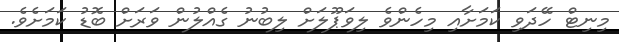
މިނިޓް ހޭދަވި ކަމަށާއި މިހެންވެ ލިވަޕޫލަށް ލިބުނު ގެއްލުން ވަރަށް ބޮޑު ކަމަށެވެ.